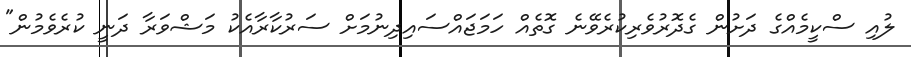
ލުއި ސްކީމެއްގެ ދަށުން ގެދޮރުވެރިކުރެވޭނެ ގޮތެއް ހަމަޖައްސައިދިނުމަށް ސަރުކާރާއެކު މަޝްވަރާ ދަނީ ކުރެވެމުން"